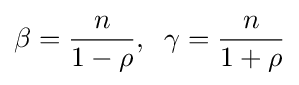
\beta ={\frac {n}{1-\rho }},\;\;\gamma ={\frac {n}{1+\rho }}